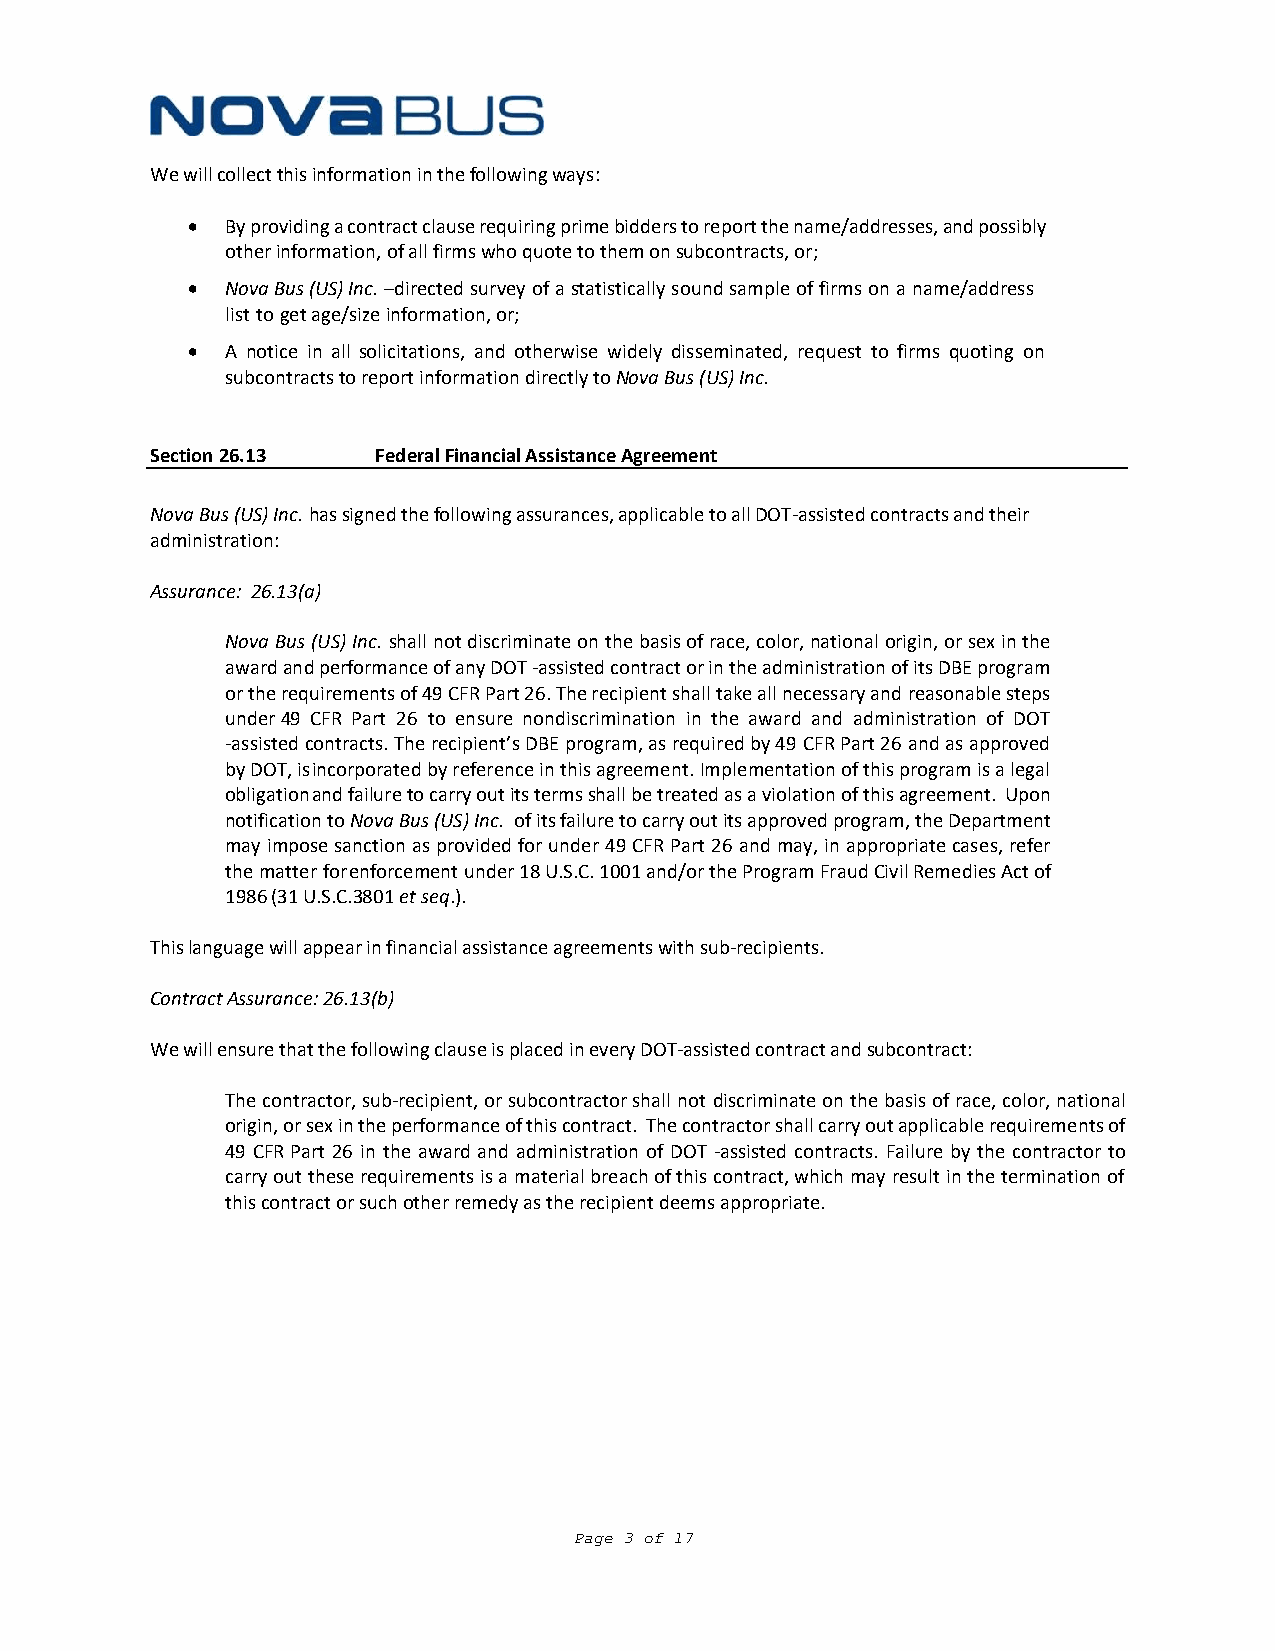
We will collect this information in the following ways:
 •  By providing a contract clause requiring prime bidders to report the name/addresses, and possibly
 other information, of all firms who quote to them on subcontracts, or;
 •  Nova Bus (US) Inc. –directed survey of a statistically sound sample of firms on a name/address
 list to get age/size information, or;
 •  A notice in all solicitations, and otherwise widely disseminated, request to firms quoting on
 subcontracts to report information directly to Nova Bus (US) Inc.
 Section 26.13  Federal Financial Assistance Agreement
 Nova Bus (US) Inc. has signed the following assurances, applicable to all DOT‐assisted contracts and their
 administration:
 Assurance: 26.13(a)
 Nova Bus (US) Inc. shall not discriminate on the basis of race, color, national origin, or sex in the
 award and performance of any DOT ‐assisted contract or in the administration of its DBE program
 or the requirements of 49 CFR Part 26. The recipient shall take all necessary and reasonable steps
 under 49 CFR Part 26 to ensure nondiscrimination in the award and administration of DOT
 ‐assisted contracts. The recipient’s DBE program, as required by 49 CFR Part 26 and as approved
 by DOT, is incorporated by reference in this agreement. Implementation of this program is a legal
 obligation and failure to carry out its terms shall be treated as a violation of this agreement. Upon
 notification to Nova Bus (US) Inc. of its failure to carry out its approved program, the Department
 may impose sanction as provided for under 49 CFR Part 26 and may, in appropriate cases, refer
 the matter for enforcement under 18 U.S.C. 1001 and/or the Program Fraud Civil Remedies Act of
 1986 (31 U.S.C. 3801 et seq.).
 This language will appear in financial assistance agreements with sub‐recipients.
 Contract Assurance: 26.13(b)
 We will ensure that the following clause is placed in every DOT‐assisted contract and subcontract:
 The contractor, sub‐recipient, or subcontractor shall not discriminate on the basis of race, color, national
 origin, or sex in the performance of this contract. The contractor shall carry out applicable requirements of
 49 CFR Part 26 in the award and administration of DOT ‐assisted contracts. Failure by the contractor to
 carry out these requirements is a material breach of this contract, which may result in the termination of
 this contract or such other remedy as the recipient deems appropriate.
 Page 3 of 17